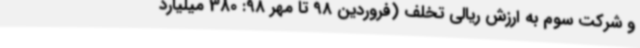
و شرکت سوم به ارزش ریالی تخلف (فروردین 98 تا مهر 98: 380 میلیارد